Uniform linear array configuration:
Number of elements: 16
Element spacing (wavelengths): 1
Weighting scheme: blackman
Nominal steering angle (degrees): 30
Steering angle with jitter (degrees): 29.397
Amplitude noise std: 0.05
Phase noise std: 0.05

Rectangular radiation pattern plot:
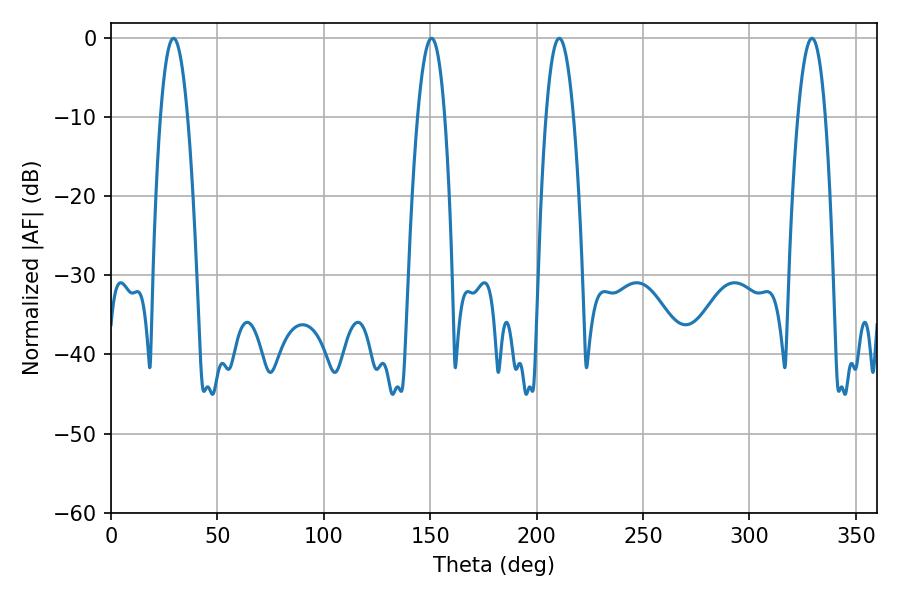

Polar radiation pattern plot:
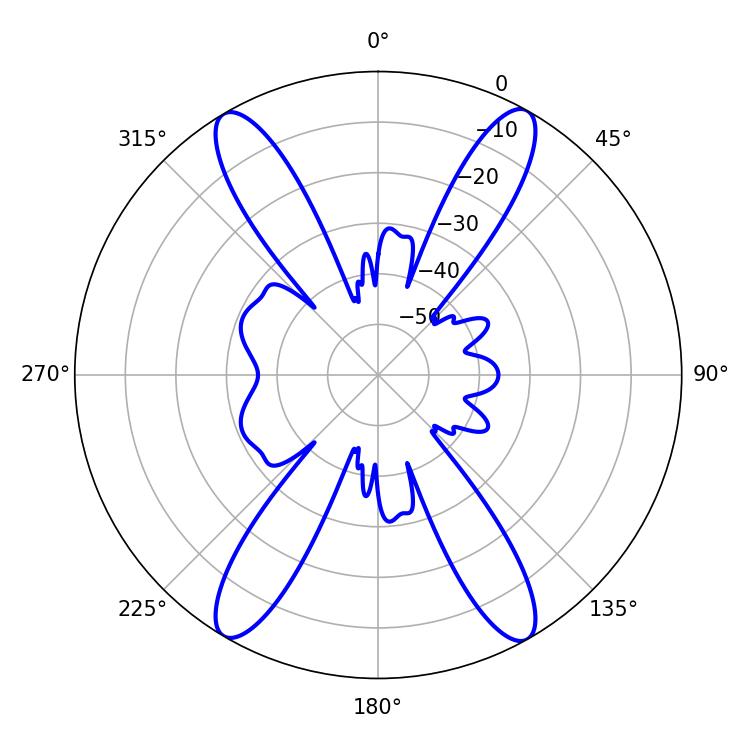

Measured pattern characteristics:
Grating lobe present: TRUE
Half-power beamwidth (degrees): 7.02
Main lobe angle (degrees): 210.6